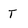
Character: T